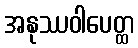
အနုဿဝါပေတ္ထ